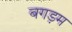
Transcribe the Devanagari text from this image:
बगड़म